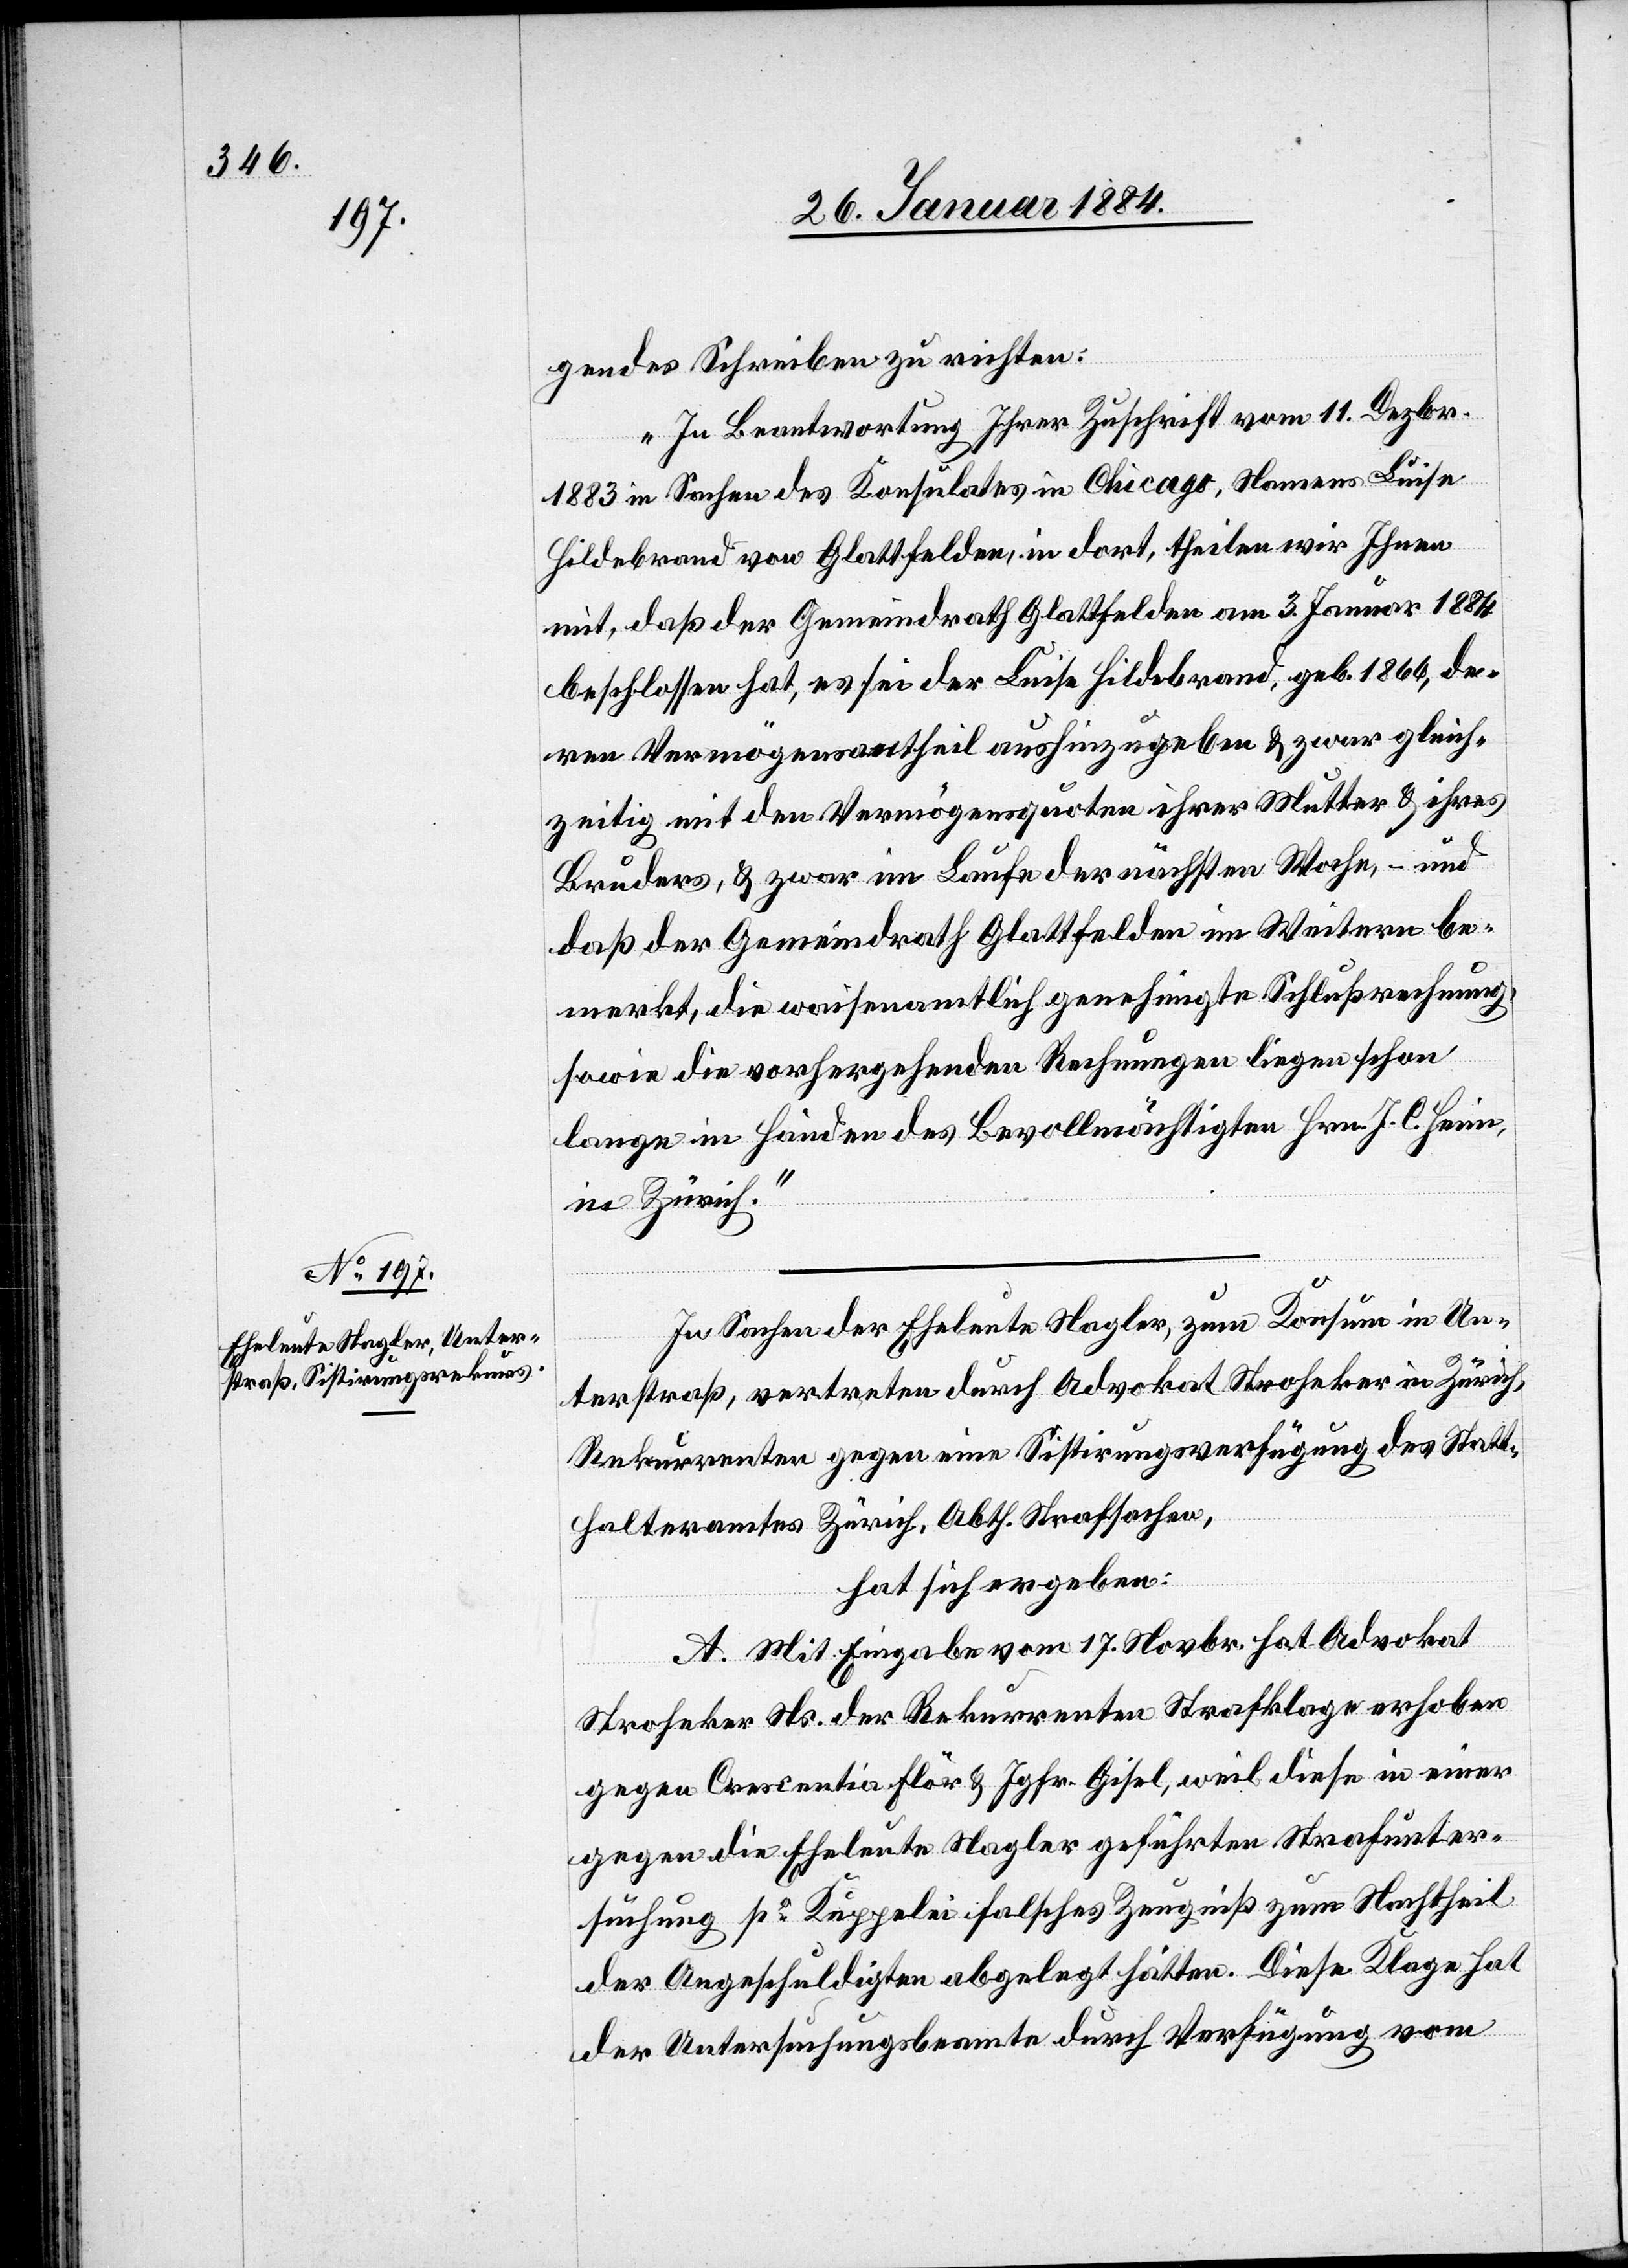
gendes Schreiben zu richten:
„In Beantwortung Ihrer Zuschrift vom 11. Dezbr.
1883 in Sachen des Konsulates in Chicago, Namens Luise
Hildebrand von Glattfelden, in dort, theilen wir Ihnen
mit, daß der Gemeindrath Glattfelden am 3. Januar 1884
beschlossen hat, es sei der Luise Hildebrand, geb. 1866, de¬
ren Vermögensantheil aushinzugeben & zwar gleich¬
zeitig mit den Vermögensquoten ihrer Mutter & ihres
Bruders, & zwar im Laufe der nächsten Woche, – und
daß der Gemeindrath Glattfelden im Weitern be¬
merkt, die waisenamtlich genehmigte Schlußrechnung,
sowie die vorhergehenden Rechnungen liegen schon
lange in Händen des Bevollmächtigten Hrn. J. C. Heim,
in Zürich.“
In Sachen der Eheleute Nagler, zum Konsum in Un¬
terstraß, vertreten durch Advokat Stroheker in Zürich,
Rekurrenten gegen eine Sistierungsverfügung des Statt¬
halteramtes Zürich, Abth. Strafsachen,
hat sich ergeben:
A. Mit Eingabe vom 17. Novbr. hat Advokat
Stroheker Ns. der Rekurrenten Strafklage erhoben
gegen Crescentia Flör & Jgfr. Gisel, weil diese in einer
gegen die Eheleute Nagler geführten Strafunter¬
suchung po Kuppelei falsches Zeugniß zum Nachtheil
der Angeschuldigten abgelegt hätten. Diese Klage hat
der Untersuchungsbeamte durch Verfügung vom